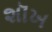
શૉખ